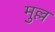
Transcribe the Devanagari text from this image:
मुल्ल